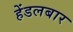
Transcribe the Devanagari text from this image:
हेंडलबार